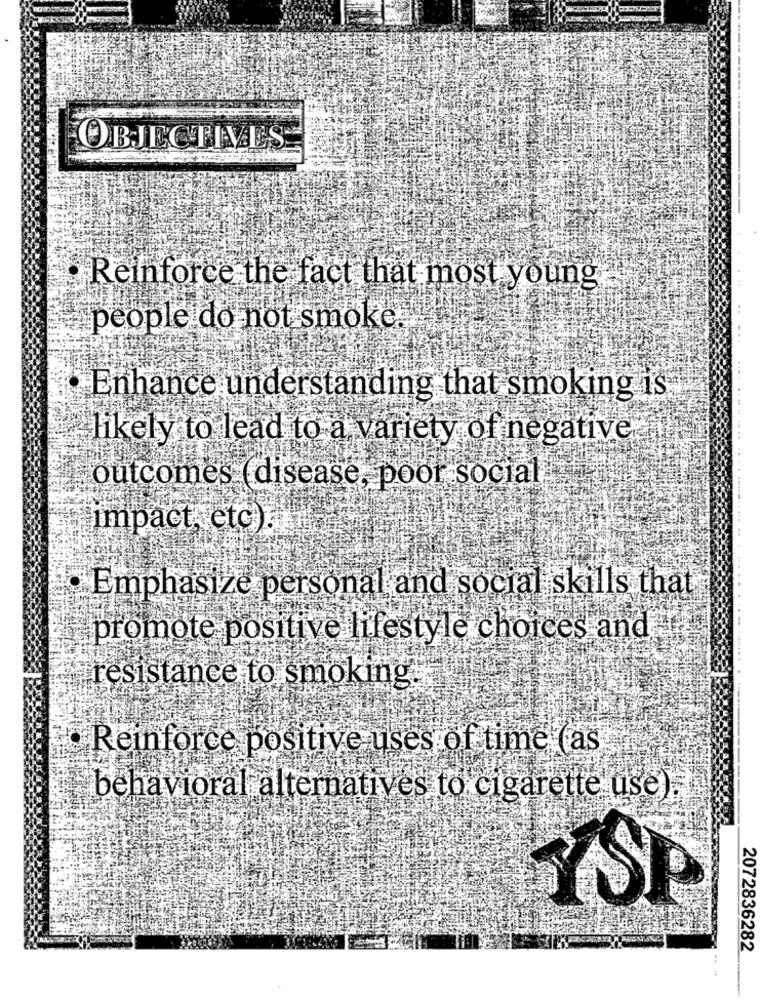
OBJECTIVES
Reinforce the fact that most young
people do not smoke.
Enhance understanding that smoking is
likely to lead to a variety of negative
outcomes (disease, poor social
impact, etc).
·Emphasize personal and social skills that
promote positive lifestyle choices and
resistance to smoking.
Reinforce positive uses of time (as
behavioral alternatives to cigarette use)
YSP
2072836282